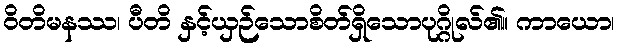
ဝိတိမနဿ၊ ပီတိ နှင့်ယှဉ်သောစိတ်ရှိသောပုဂ္ဂိုလ်၏။ ကာယော၊